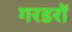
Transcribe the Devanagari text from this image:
गरडरों